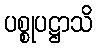
ပစ္စုပဋ္ဌာသိ